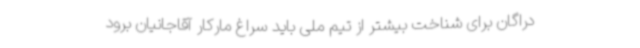
دراگان برای شناخت بیشتر از تیم ملی باید سراغ مارکار آقاجانیان برود